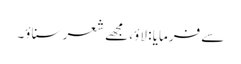
سے فرمایا : لاؤ، مجھے شعر سناؤ۔